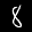
Label: 8